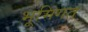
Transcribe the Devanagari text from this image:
भूमिगत